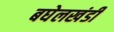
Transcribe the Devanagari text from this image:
बघेलखंडी